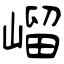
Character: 嵧